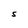
Character: S